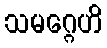
သမဂ္ဂေဟိ